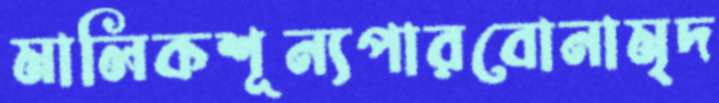
মালিকশূন্যপারবোনামৃদ